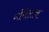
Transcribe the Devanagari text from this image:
गौरीलाच